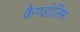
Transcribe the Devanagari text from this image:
कैण्डोलिम